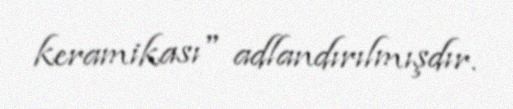
keramikası" adlandırılmışdır.